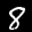
Label: 8